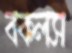
বকলস